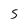
Character: S